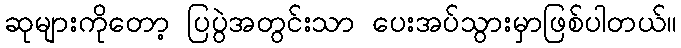
ဆုများကိုတော့ ပြပွဲအတွင်းသာ ပေးအပ်သွားမှာဖြစ်ပါတယ်။